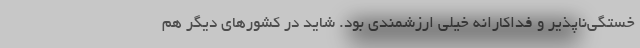
خستگی‌ناپذیر و فداکارانه خیلی ارزشمندی بود. شاید در کشورهای دیگر هم